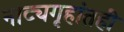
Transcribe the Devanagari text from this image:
नाट्यगृहांतही